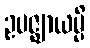
ဥပဇ္ဈာယမ္ပိ